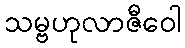
သမ္ဗဟုလာဇီဝေါ